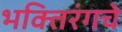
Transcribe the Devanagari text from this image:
भक्तिरंगचे